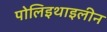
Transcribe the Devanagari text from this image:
पोलिइथाइलीन